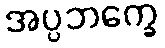
အပ္ပဘက္ခေ